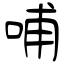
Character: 哺